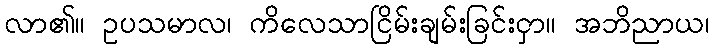
လာ၏။ ဥပသမာလ၊ ကိလေသာငြိမ်းချမ်းခြင်းငှာ။ အဘိညာယ၊